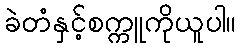
ခဲတံနှင့်စက္ကူကိုယူပါ။